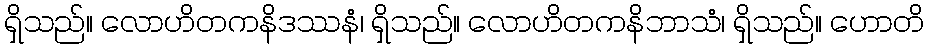
ရှိသည်။ လောဟိတကနိဒဿနံ၊ ရှိသည်။ လောဟိတကနိဘာသံ၊ ရှိသည်။ ဟောတိ